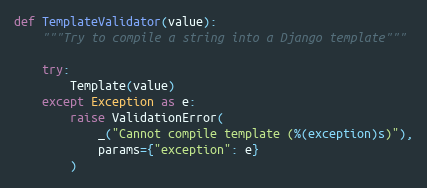
Language: Python
def TemplateValidator(value):
    """Try to compile a string into a Django template"""

    try:
        Template(value)
    except Exception as e:
        raise ValidationError(
            _("Cannot compile template (%(exception)s)"),
            params={"exception": e}
        )